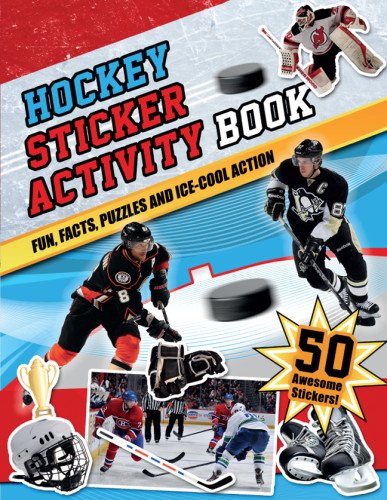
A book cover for Hockey Sticker Activity Book: Fun, Facts, Puzzles and Ice-Cool Action; Bill Bernardi; Children's Books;